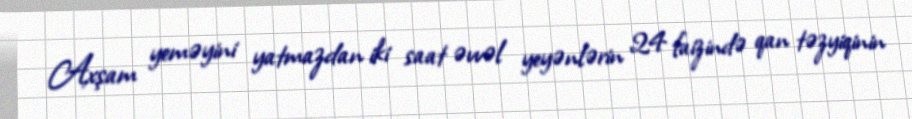
Axşam yeməyini yatmazdan iki saat əvvəl yeyənlərin 24 faizində qan təzyiqinin